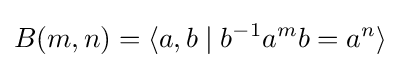
B(m,n)=\langle a,b\mid b^{-1}a^{m}b=a^{n}\rangle